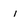
Character: i